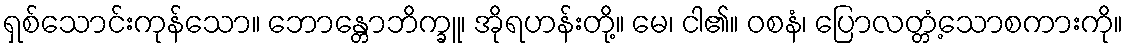
ရှစ်သောင်းကုန်သော။ ဘောန္တောဘိက္ခူ၊ အိုရဟန်းတို့။ မေ၊ ငါ၏။ ဝစနံ၊ ပြောလတ္တံ့သောစကားကို။